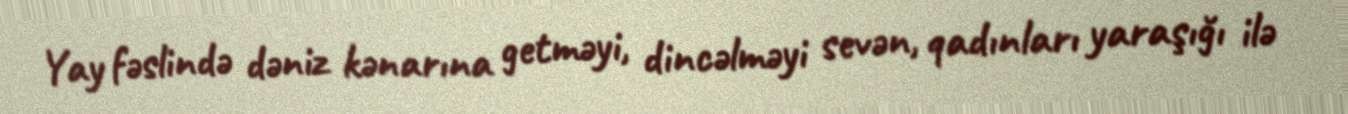
Yay fəslində dəniz kənarına getməyi, dincəlməyi sevən, qadınları yaraşığı ilə